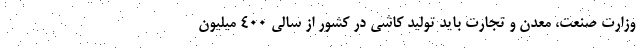
وزارت صنعت، معدن و تجارت باید تولید کاشی در کشور از سالی ۴۰۰ میلیون